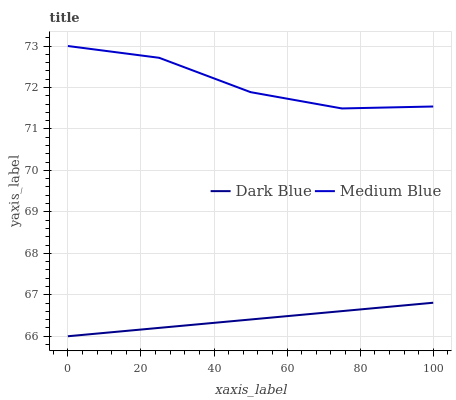
| xaxis_label | Dark Blue | Medium Blue |
 | --- | --- | --- |
 | 0 | 66 | 73 |
 | 25 | 66.2 | 72.7 |
 | 50 | 66.4 | 71.9 |
 | 75 | 66.6 | 71.5 |
 | 100 | 66.8 | 71.5 |